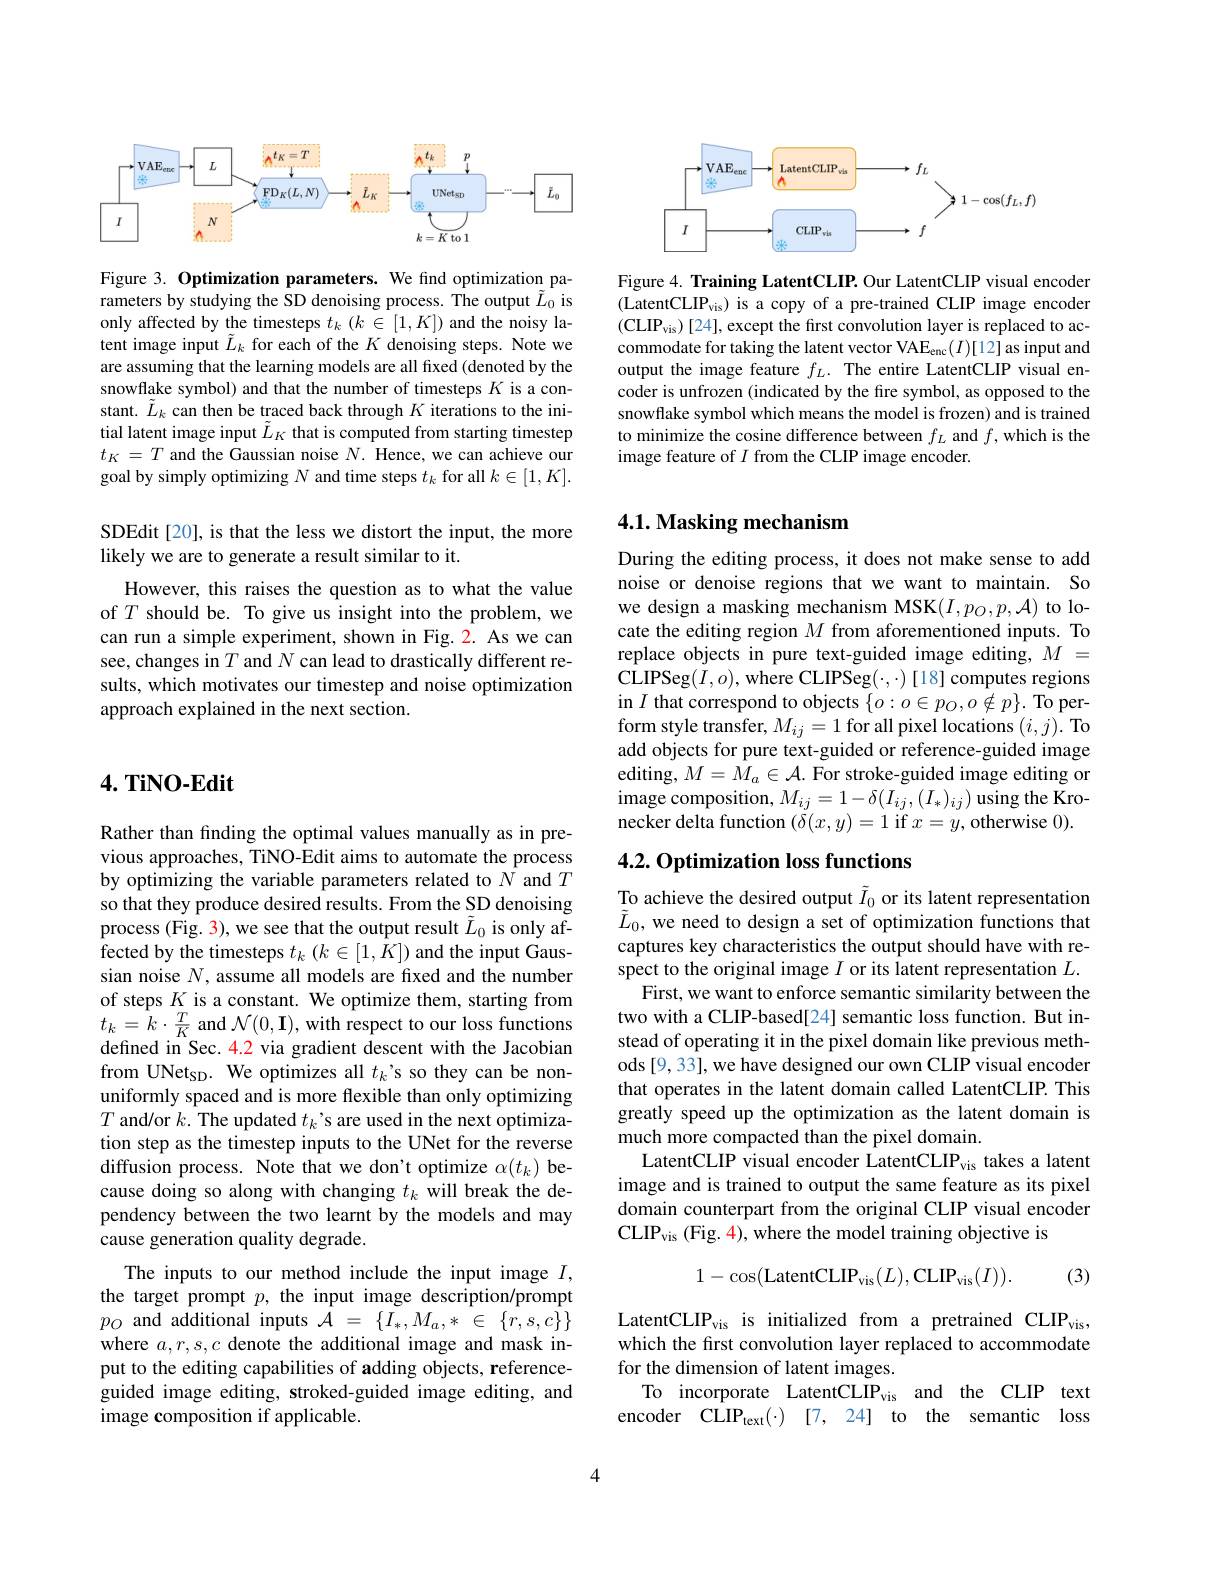
<FigureHere>

Figure 3. Optimization parameters. We find optimization parameters by studying the SD denoising process. The output $\tilde{L}_0$ is only affected by the timesteps $t_k$ ($k\in[1,K]$) and the noisy latent image input $\tilde{L}_k$ for each of the $K$ denoising steps. Note we are assuming that the learning models are all fixed (denoted by the snowflake symbol) and that the number of timesteps $K$ is a constant. $\tilde{L}_k$ can then be traced back through $K$ iterations to the initial latent image input $\tilde{L}_K$ that is computed from starting timestep $t_K=T$ and the Gaussian noise $N.$ Hence, we can achieve our goal by simply optimizing $N$ and time steps $t_k$ for all $k\in[1,K].$

SDEdit[20], is that the less we distort the input, the more
likely we are to generate a result similar to it.
However, this raises the question as to what the value of $T$ should be. To give us insight into the problem, we can run a simple experiment, shown in Fig. 2. As we can see, changes in $T$ and $N$ can lead to drastically different results, which motivates our timestep and noise optimization approach explained in the next section.

## 4. TiNO-Edit

Rather than finding the optimal values manually as in previous approaches, TiNO-Edit aims to automate the process by optimizing the variable parameters related to $\hat{N}$ and $T$ so that they produce desired results. From the SD denoising process (Fig. 3), we see that the output result $\tilde{L}_0$ is only affected by the timesteps $t_k\left(k\in[1,K]\right)$ and the input Gaussian noise $N$, assume all models are fixed and the number of steps $K$ is a constant. We optimize them, starting from $t_{k}=\hat{k}\cdot\frac{T}{K}$ and $\mathcal{N}(0,\mathbf{I})$, with respect to our loss functions defined in Sec. 4.2 via gradient descent with the Jacobian from UNet$_\mathrm{SD}.$ We optimizes all $t_k$'s so they can be nonuniformly spaced and is more flexible than only optimizing $T$ and/or $k.$ The updated $t_k$'s are used in the next optimization step as the timestep inputs to the UNet for the reverse diffusion process. Note that we don't optimize $\alpha(t_k)$ because doing so along with changing $t_k$ will break the dependency between the two learnt by the models and may cause generation quality degrade.
The inputs to our method include the input image $I$, the target prompt $p$, the input image description/prompt $p_{O}$ and additional inputs $\hat{\mathcal{A}}=\{\tilde{I_{*}},M_{a},*~\in~\{\tilde{r},s,c\}\}$ where $a,r,s,c$ denote the additional image and mask input to the editing capabilities of adding objects, referenceguided image editing, stroked-guided image editing, and image composition if applicable.

<FigureHere>

Figure 4. Training LatentCLIP. Our LatentCLIP visual encoder (LatentCLIP$_\mathrm{vis})$ is a copy of a pre-trained CLIP image encoder $(\mathrm{CLIP}_{\mathrm{vis}})[24]$,except the first convolution layer is replaced to accommodate for taking the latent vector VAE$_\mathrm{enc}(I)[12]$ as input and output the image feature $f_L.$ The entire LatentCLIP visual encoder is unfrozen (indicated by the fire symbol, as opposed to the snowflake symbol which means the model is frozen) and is trained to minimize the cosine difference between $f_L$ and $f$,which is the image feature of $I$ from the CLIP image encoder.

## 4.1. Masking mechanism

During the editing process, it does not make sense to add noise or denoise regions that we want to maintain. So we design a masking mechanism MSK$(I,p_O,p,\mathcal{A})$ to locate the editing region $M$ from aforementioned inputs. To replace objects in pure text-guided image editing, $M=$ CLIPSeg$(I,o)$,where CLIPSeg$(\cdot,\cdot)[18]$ computes regions $\operatorname{in}I$ that correspond to objects $\{o:o\in p_O,o\notin p\}.$ To perform style transfer, $M_ij=1$ for all pixel locations $(i,j).$ To add objects for pure text-guided or reference-guided image editing, $M=\hat{M}_{a}\in\mathcal{A}.$ For stroke-guided image editing or image composition, $M_{ij}= 1- \delta ( I_{ij}, ( I_{* }) _{ij})$ using the Kronecker delta function $(\delta(x,y)=1$ if $x=y$,otherwise 0).

# 4.2. Optimization loss functions

To achieve the desired output $\tilde{I}_0$ or its latent representation $\tilde{L}_0$, we need to design a set of optimization functions that captures key characteristics the output should have with respect to the original image $I$ or its latent representation $L.$
First, we want to enforce semantic similarity between the two with a CLIP-based[24] semantic loss function. But instead of operating it in the pixel domain like previous methods [9, 33], we have designed our own CLIP visual encoder that operates in the latent domain called LatentCLIP. This greatly speed up the optimization as the latent domain is much more compacted than the pixel domain.
LatentCLIP visual encoder LatentCLIP$_\mathrm{vis}$ takes a latent image and is trained to output the same feature as its pixel domain counterpart from the original CLIP visual encoder CLIP$_\mathrm{vis}$ (Fig. 4), where the model training objective is
$$1-\cos(\text{LatentCLIP}_{\mathrm{vis}}(L),\text{CLIP}_{\mathrm{vis}}(I)).$$
(3)

$LatentCLIP_{\mathrm{vis}} is initialized from a pretrained CLIP_{\mathrm{vis}}$, which the first convolution layer replaced to accommodate for the dimension of latent images.
To incorporate LatentCLIPvis and the CLIP text encoder CLIP$_{\mathrm{text}}( \cdot )$ [7,24] to the semantic loss

4